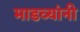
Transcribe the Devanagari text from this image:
माडव्यांनी